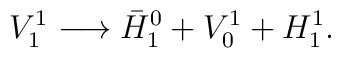
V^1_1 \longrightarrow \bar{H}^0_1 +V^1_0+ H^1_1.